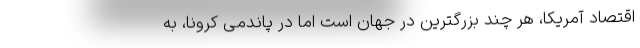
اقتصاد آمریکا، هر چند بزرگترین در جهان است اما در پاندمی کرونا، به